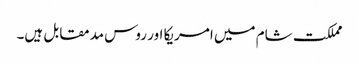
مملکت شام میں امریکا اور روس مدمقابل ہیں۔